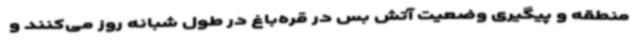
منطقه و پیگیری وضعیت آتش بس در قره‌باغ در طول شبانه روز می‌کنند و